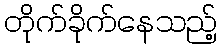
တိုက်ခိုက်နေသည့်